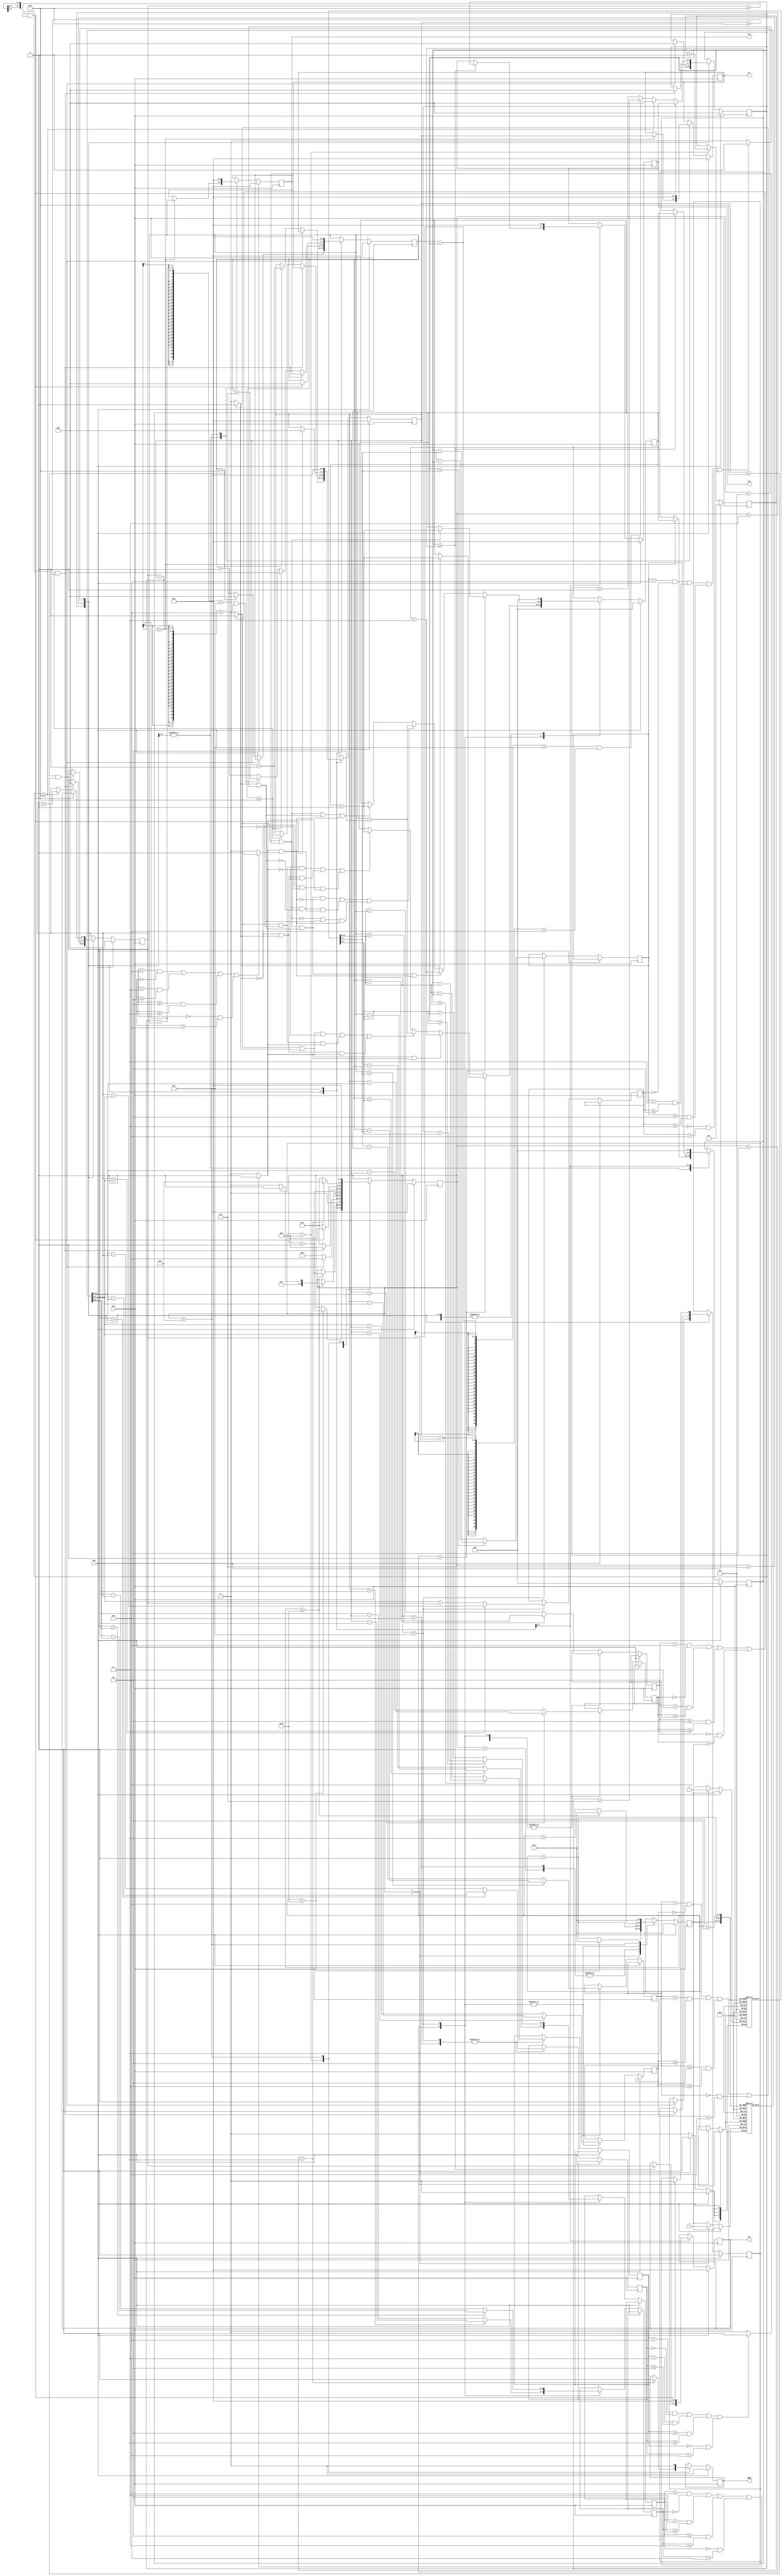
module LASER (
input CLK,
input RST,
input [3:0] X,
input [3:0] Y,
output reg [3:0] C1X,
output reg [3:0] C1Y,
output reg [3:0] C2X,
output reg [3:0] C2Y,
output reg DONE);

reg [3:0] state;
reg [5:0] counter;
reg [3:0] point_x[39:0];
reg [3:0] point_y[39:0];

reg [4:0] max_points;
reg [4:0] tmp_max_points;


reg [1:0] iter;

reg [3:0] X1;
reg [3:0] Y1;
reg [3:0] X2;
reg [3:0] Y2; // circle center 0 : 1    1 : 2

reg circle; 


reg  [3:0] pos_x , pos_y , pos_x2 , pos_y2 , pos_x3 , pos_y3 , pos_x4, pos_y4 , pos_x5 , pos_y5 , pos_x6 , pos_y6;
reg In1,In2,In3,In4,In5,In6;

always@(*)begin
    if( ( pos_x == 4 && pos_y == 0 ) || (pos_x == 3 && pos_y <= 2 ) || (pos_x <= 2  && pos_y <= 3 ) || (pos_x == 0 && pos_y == 4) )  
        In1 = 1;
    else
        In1 = 0;       // point 1 in circle 1
    
    if( ( pos_x2 == 4 && pos_y2 == 0 ) || (pos_x2 == 3 && pos_y2 <= 2 ) || (pos_x2 <= 2  && pos_y2 <= 3 ) || (pos_x2 == 0 && pos_y2 == 4) )  
        In2 = 1;
    else
        In2 = 0;      // point 1 in circle 2
    
    if( ( pos_x3 == 4 && pos_y3 == 0 ) || (pos_x3 == 3 && pos_y3 <= 2 ) || (pos_x3 <= 2  && pos_y3 <= 3 ) || (pos_x3 == 0 && pos_y3 == 4) )  
        In3 = 1;
    else
        In3 = 0;       // point 2 in circle 1
    
    if( ( pos_x4 == 4 && pos_y4 == 0 ) || (pos_x4 == 3 && pos_y4 <= 2 ) || (pos_x4 <= 2  && pos_y4 <= 3 ) || (pos_x4 == 0 && pos_y4 == 4) )  
        In4 = 1;
    else
        In4 = 0;      // point 2 in circle 2

    if( ( pos_x5 == 4 && pos_y5 == 0 ) || (pos_x5 == 3 && pos_y5 <= 2 ) || (pos_x5 <= 2  && pos_y5 <= 3 ) || (pos_x5 == 0 && pos_y5 == 4) )  
        In5 = 1;
    else
        In5 = 0;       // point 3 in circle 1

    if( ( pos_x6 == 4 && pos_y6 == 0 ) || (pos_x6 == 3 && pos_y6 <= 2 ) || (pos_x6 <= 2  && pos_y6 <= 3 ) || (pos_x6 == 0 && pos_y6 == 4) )  
        In6 = 1;
    else
        In6 = 0;       // point 3 in circle 1        
end

always@(posedge CLK)begin
    if(RST)begin
        C1X <= 0;
        C1Y <= 0;
        C2X <= 0;
        C2Y <= 0;
        DONE <= 0;
        
        X1 <= 0;
        Y1 <= 0;
        X2 <= 2;
        Y2 <= 2;
        
        iter <= 0;
        circle <= 1;
        state <= 0;
        counter <= 0;
        max_points <=  0;
        tmp_max_points <= 0;
    end 
    else begin
        case(state)
            0: begin //read data
                    point_x[counter] <= X;
                    point_y[counter] <= Y;
                    
                    if(counter == 39)begin
                        counter <= 0;
                        state <= state + 1 ;  
                    end
                    else begin
                        counter <= counter + 1;
                    end              
                end
            1: begin
                    if (X1 > point_x[counter])  pos_x <= X1 -  point_x[counter];
                    else                        pos_x <= point_x[counter] - X1;
                    
                    if (Y1 > point_y[counter])  pos_y  <= Y1 -  point_y[counter];
                    else                        pos_y  <= point_y[counter] - Y1;

                    
                    counter <= counter + 1;
                    state   <= state + 1 ;
                end
            2: begin
                    
                    if (X1 > point_x[counter])  pos_x <= X1 -  point_x[counter];
                    else                        pos_x <= point_x[counter] - X1;
                   
                    if (Y1 > point_y[counter])  pos_y  <= Y1 -  point_y[counter];
                    else                        pos_y  <= point_y[counter] - Y1;

                    if (X1 > point_x[counter + 1])  pos_x3 <= X1 - point_x[counter + 1]; // distance counter + 1 to circle 1  
                    else                            pos_x3 <= point_x[counter + 1] - X1; 

                    if (Y1 > point_y[counter + 1])  pos_y3 <= Y1 -  point_y[counter + 1];
                    else                            pos_y3 <= point_y[counter + 1] - Y1;
                    //
                    if (X1 > point_x[counter + 2])  pos_x5 <= X1 - point_x[counter + 2]; // distance counter + 2 to circle 1  
                    else                            pos_x5 <= point_x[counter + 2] - X1; 

                    if (Y1 > point_y[counter + 2])  pos_y5 <= Y1 -  point_y[counter + 2];
                    else                            pos_y5 <= point_y[counter + 2] - Y1;
                    //
                    //
                    if (counter == 1) begin
                        if (In1) begin
                            tmp_max_points <= tmp_max_points + 1;
                        end
                    end else begin
                        if (In1 && In3 && In5) begin
                            tmp_max_points <= tmp_max_points + 3;
                        end
                        else if((In1 && In3 && !In5) || (In1 && !In3 && In5) || ( !In1 && In3 && In5) )begin
                            tmp_max_points <= tmp_max_points + 2;
                        end
                        else if( (In1 && !In3 && !In5) || (!In1 && In3 && !In5) || ( !In1 && !In3 && In5) ) begin
                            tmp_max_points <= tmp_max_points + 1;
                        end
                    end
                    
                    
                    if(counter >= 39)begin
                        counter <= 0;
                        state <= state + 1;
                    end
                    else begin
                        counter <= counter + 3;
                    end
                end
            3: begin
                    if(X1 == 13 && Y1 == 13)begin
                        state <= 4;
                        
                        X1 <= C1X;
                        Y1 <= C1Y;

                        X2 <= 2;
                        Y2 <= 2;
                        circle <= 1;
                    end
                    else begin
                        state <= 1;
                        if(X1 == 13)begin
                            X1 <= 2;
                            Y1 <= Y1 + 1;
                        end
                        else begin
                            X1 <= X1 + 1;
                        end
                    end

                    if(tmp_max_points > max_points)begin
                        C1X <= X1;
                        C1Y <= Y1;
                        max_points <= tmp_max_points;
                    end
              
                    tmp_max_points <= 0;
                   
                end
            4: begin // circle 2 start
                    if (X1 > point_x[counter])  pos_x <= X1 -  point_x[counter];
                    else                        pos_x <= point_x[counter] - X1;
                    if (Y1 > point_y[counter])  pos_y   <= Y1 -  point_y[counter];
                    else                        pos_y   <= point_y[counter] - Y1;
                    
                    
                    if (X2 > point_x[counter])  pos_x2 <= X2 -  point_x[counter];
                    else                        pos_x2 <= point_x[counter] - X2;
                    if (Y2 > point_y[counter])  pos_y2 <= Y2 - point_y[counter];
                    else                        pos_y2 <= point_y[counter] - Y2;
                    

                    
                    //

                    counter <= counter + 1;
                    state <= state + 1;
                end
            5: begin
                    if (X1 > point_x[counter])  pos_x <= X1 -  point_x[counter];
                    else                        pos_x <= point_x[counter] - X1;
                    if (Y1 > point_y[counter])  pos_y   <= Y1 -  point_y[counter];
                    else                        pos_y   <= point_y[counter] - Y1;
                    
                    
                    if (X2 > point_x[counter])  pos_x2 <= X2 -  point_x[counter];
                    else                        pos_x2 <= point_x[counter] - X2;
                    if (Y2 > point_y[counter])  pos_y2 <= Y2 - point_y[counter];
                    else                        pos_y2 <= point_y[counter] - Y2;
                    

                    if (X1 > point_x[counter + 1])  pos_x3 <= X1 - point_x[counter + 1]; // distance counter + 1 to circle 1  
                    else                            pos_x3 <= point_x[counter + 1] - X1; 
                    if (Y1 > point_y[counter + 1])  pos_y3 <= Y1 -  point_y[counter + 1];
                    else                            pos_y3 <= point_y[counter + 1] - Y1;
                           

                    if (X2 > point_x[counter + 1])  pos_x4 <= X2 -  point_x[counter + 1]; // distance counter + 1 to circle 2
                    else                            pos_x4 <= point_x[counter + 1] - X2;
                    if (Y2 > point_y[counter + 1])  pos_y4 <= Y2 - point_y[counter + 1];
                    else                            pos_y4 <= point_y[counter + 1] - Y2;
                    
                    if (X1 > point_x[counter + 2])  pos_x5 <= X1 - point_x[counter + 2]; // distance counter + 2 to circle 1  
                    else                            pos_x5 <= point_x[counter + 2] - X1; 
                    if (Y1 > point_y[counter + 2])  pos_y5 <= Y1 -  point_y[counter + 2];
                    else                            pos_y5 <= point_y[counter + 2] - Y1;

                    if (X2 > point_x[counter + 2])  pos_x5 <= X2 - point_x[counter + 2]; // distance counter + 2 to circle 1  
                    else                            pos_x5 <= point_x[counter + 2] - X2; 
                    if (Y2 > point_y[counter + 2])  pos_y5 <= Y2 -  point_y[counter + 2];
                    else                            pos_y5 <= point_y[counter + 2] - Y2;
                    /*
                    if ((In1 || In2) && ( In3  || In4 )) begin
                        tmp_max_points <= tmp_max_points + 2;
                    end
                    else if ((In1 || In2) || ( In3  || In4 )) begin
                        tmp_max_points <= tmp_max_points + 1;
                    end                   
                    */
                    if (counter == 1) begin
                        if ((In1 || In2)) begin
                            tmp_max_points <= tmp_max_points + 1;
                        end 
                    end 
                    else begin
                        if ((In1 || In2) && ( In3  || In4 )  && ( In5  || In6 ) ) begin
                            tmp_max_points <= tmp_max_points + 3;
                        end
                        else if ( ((In1 || In2) &&  ( In3  || In4 )  && !( In5  || In6 )) ||
                                ((In1 || In2) && !( In3  || In4 )  &&  ( In5  || In6 )) ||
                                (!(In1 || In2) &&  ( In3  || In4 )  &&  ( In5  || In6 )) )   begin
                            tmp_max_points <= tmp_max_points + 2;
                        end
                        else if ((In1 || In2) || ( In3  || In4 ) || ( In5  || In6 )) begin
                            tmp_max_points <= tmp_max_points + 1;
                        end 
                    end
                    


                    if(counter >= 39)begin
                        counter <= 0;
                        if(circle == 0)
                            state <= 6;
                        else
                            state <= 7;
                    end
                    else begin
                        counter <= counter + 3;
                    end
                end
	     6: begin
                    if(X1 >= 13 && Y1 >= 13)begin
                        X1 <= C1X;
                        Y1 <= C1Y;
                        X2 <= 2;
                        Y2 <= 2;
                        circle <= 1;

                        state <= 8;
                    end
                    else begin
                        if(X1 >= 13)begin
                            X1 <= 2;
                            Y1 <= Y1 + 1;
                        end
                        else begin
                            if(X2 - X1 < 5 && Y2 - Y1 < 4)
                                X1 <= X1 + 6;
                            else
                                X1 <= X1 + 1;
                        end
                        state <= 4; // add
                    end
                    
                    if(tmp_max_points > max_points)begin                     
                        C1X <= X1;
                        C1Y <= Y1;
                        max_points <= tmp_max_points;
                    end 
                    
                    tmp_max_points <= 0;

                end
            7: begin
                    if(X2 >= 13 && Y2 >= 13)begin
                        X1 <= 2;
                        Y1 <= 2;
                        X2 <= C2X;
                        Y2 <= C2Y;
                        circle <= 0;

                        state <= 8;
                    end
                    else begin
                        if(X2 >= 13)begin
                            X2 <= 2;
                            Y2 <= Y2 + 1;
                        end
                        else begin
                            if(X1 - X2 < 5 && Y1 - Y2 < 4)
                                X2 <= X2 + 6;
                            else
                                X2 <= X2 + 1;
                        end

                        state <= 4; // add
                    end

                    if(tmp_max_points >= max_points)begin
                            C2X <= X2;
                            C2Y <= Y2;
                        max_points <= tmp_max_points;
                    end 
                    
                    tmp_max_points <= 0;

                end
                8: begin                 
                    iter <= iter + 1;
                    if(iter == 3) begin
                        state <= 9;
                        DONE <= 1;
                    end
                    else begin
                        state <= 4;
                    end
                end
                9: begin
                        DONE <= 0;
                        state <= 0;
                        max_points <= 0;
                        tmp_max_points <= 0;
                        X1 <= 0;
                        Y1 <= 0;
                        C1X <= 0;
                        C1Y <= 0;
                        C2X <= 0;
                        C2Y <= 0;
                        counter <= 0;
                    end
        endcase
    end    

end
endmodule